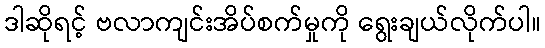
ဒါဆိုရင့် ဗလာကျင်းအိပ်စက်မှုကို ရွေးချယ်လိုက်ပါ။